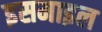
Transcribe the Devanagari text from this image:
इसमाइल